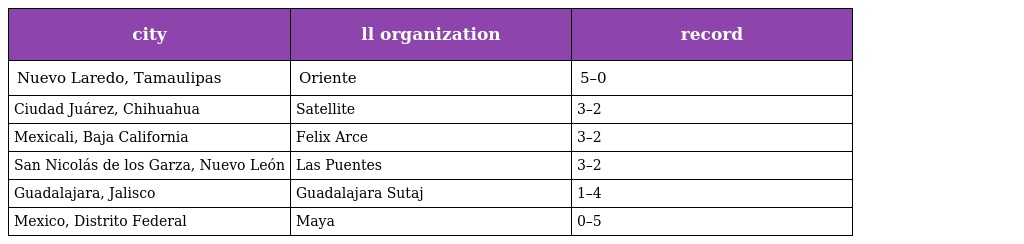
| city | ll organization | record |
 | --- | --- | --- |
 | Nuevo Laredo, Tamaulipas | Oriente | 5–0 |
 | Ciudad Juárez, Chihuahua | Satellite | 3–2 |
 | Mexicali, Baja California | Felix Arce | 3–2 |
 | San Nicolás de los Garza, Nuevo León | Las Puentes | 3–2 |
 | Guadalajara, Jalisco | Guadalajara Sutaj | 1–4 |
 | Mexico, Distrito Federal | Maya | 0–5 |